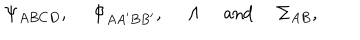
\Psi _ { A B C D } , \ \Phi _ { A A ^ { \prime } B B ^ { \prime } } , \ \Lambda \ \mathrm { a n d } \ \Sigma _ { A B } ,